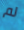
لم